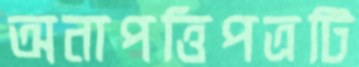
অনাপত্তিপত্রটি